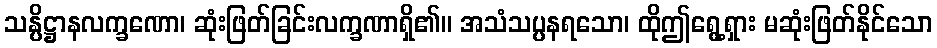
သန္ပိဋ္ဌာနလက္ခဏော၊ ဆုံးဖြတ်ခြင်းလက္ခဏာရှိ၏။ အသံသပ္ပနရသော၊ ထိုဤရွေ့ရှား မဆုံးဖြတ်နိုင်သော